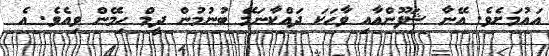
އައުމަށެވެ. އޭނާ ޝަފޫންއާއި ވާހަކަ ދައްކާނަމޭ ބުނުމުން ދީމް ހިމޭން ވިއެވެ. އެ